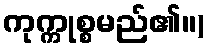
ကုက္ကုစ္စမည်၏။)